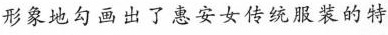
形象地勾画出了惠安女传统服装的特